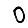
Digit: 0